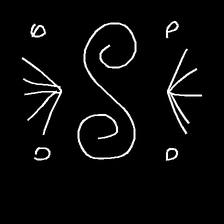
Glyph: aeroform